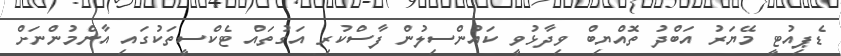
ޑެޕިއުޓީ މޭޔަރު އަބްދު ތޮއްޔިބް ވިދާޅުވީ ކައުންސިލުން ފާސްކުރި އަގުތައް ޓެކްސީތަކުގައި އާންމުންނަށް